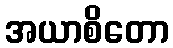
အယာစိတော